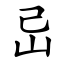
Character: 㞯